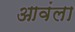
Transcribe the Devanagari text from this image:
आवंला